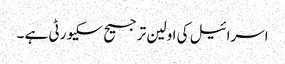
اسرائیل کی اولین ترجیح سکیورٹی ہے ۔